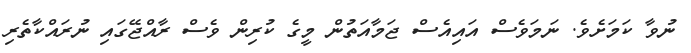
ނުވާ ކަމަށެވެ. ނަމަވެސް އައިއެސް ޖަމާއަތުން މީގެ ކުރިން ވެސް ރާއްޖޭގައި ނުރައްކާތެރި